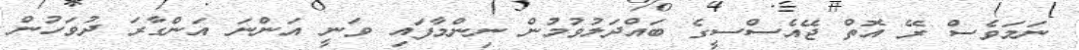
ނަމަވެސް ރޭ އޮތް ޖޭއެސްސީގެ ބައްދަލުވުމުން ނިންމާފައި ވަނީ އަންނަ އަންގާރަ ދުވަހުން